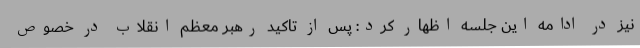
نیز در ادامه این جلسه اظهار کرد: پس از تاکید رهبر معظم انقلاب در خصوص